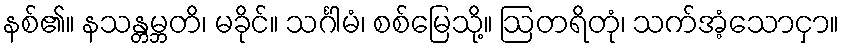
နစ်၏။ နသန္တမ္ဘတိ၊ မခိုင်။ သင်္ဂါမံ၊ စစ်မြေသို့။ ဩတရိတုံ၊ သက်အံ့သောငှာ။